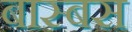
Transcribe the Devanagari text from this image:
बास्बस